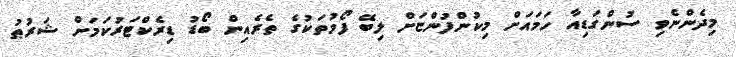
މިދެންނެވި ސުންގަޑިއާ ހަމައަށް މިކުންފުންޏަށް ލިބޭ ފޯމުތަކުގެ ތެރެއިން ބޯޑު ޑިރެކްޓަރުކަމަށް ޝަރުޠު